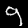
Digit: 9